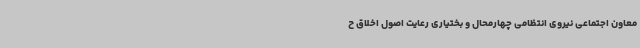
معاون اجتماعی نیروی انتظامی چهارمحال و بختیاری رعایت اصول اخلاق ح